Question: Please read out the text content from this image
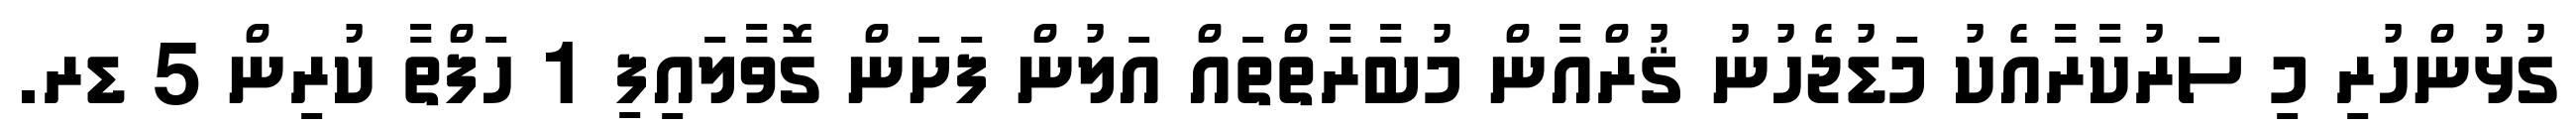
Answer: ގުޅުންހުރި މި ސަރުކާރާއެކު މަޑުޖެހުނު ޤުރްއާން މުބާރާތްތައް އަލުން ފަށަން ގޮވާލައިފި 1 ހަފްތާ ކުރިން 5 ޑރ.